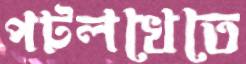
পটলখেতে